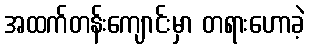
အထက်တန်းကျောင်းမှာ တရားဟောခဲ့